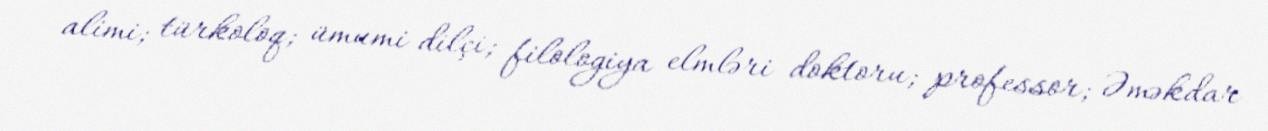
alimi; türkoloq; ümumi dilçi; filologiya elmləri doktoru; professor; Əməkdar